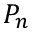
P _ { n }